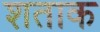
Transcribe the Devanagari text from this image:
शताक